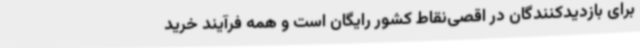
برای بازدیدکنندگان در اقصی‌نقاط کشور رایگان است و همه فرآیند خرید